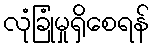
လုံခြုံမှုရှိစေရန်